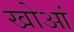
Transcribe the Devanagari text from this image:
खोआं